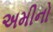
અમીનો